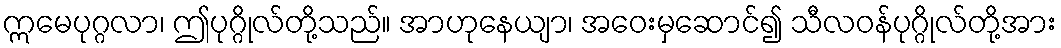
ဣမေပုဂ္ဂလာ၊ ဤပုဂ္ဂိုလ်တို့သည်။ အာဟုနေယျာ၊ အဝေးမှဆောင်၍ သီလဝန်ပုဂ္ဂိုလ်တို့အား